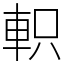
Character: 軹